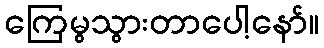
ကြေမွသွားတာပေါ့နော်။